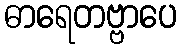
ဓာရေတဗ္ဗာပေ